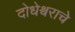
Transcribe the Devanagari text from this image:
दोधेश्वराचे